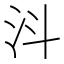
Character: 㳆